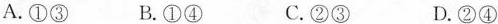
A.①③ B.①④ C.②③ D.②④